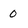
Character: 0